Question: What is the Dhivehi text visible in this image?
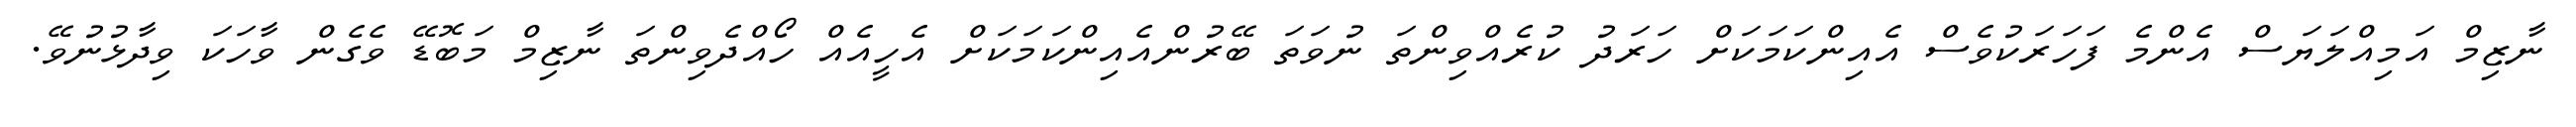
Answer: ނާޒިމް އަމިއްލަޔަސް އެންމެ ފަހަރަކުވެސް އެއިންކަމަކަށް ހަރަދު ކުރެއްވިންތަ ނުވަތަ ބޭރުންއެއިންކަމަކަށް އެހީއެއް ހޯއްދެވިންތަ ނާޒިމް މަބޮޑޭ ވެގެން ވާހަކަ ވިދާޅުނުވޭ.